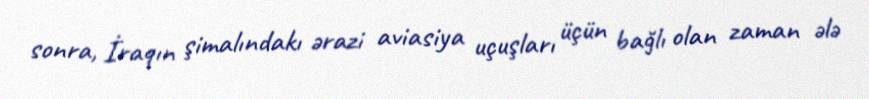
sonra, İraqın şimalındakı ərazi aviasiya uçuşları üçün bağlı olan zaman ələ